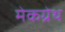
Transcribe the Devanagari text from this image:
मेकग्रेथ